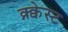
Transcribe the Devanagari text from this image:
क्न्क्वेस्ट